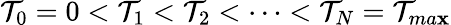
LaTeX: \mathcal{T}_{0}=0<\mathcal{T}_{1}<\mathcal{T}_{2}<\cdots<\mathcal{T}_{N}=\mathcal{T}_{ma\mathbf{x}}